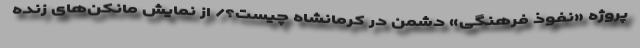
پروژه «نفوذ فرهنگی» دشمن در کرمانشاه چیست؟/ از نمایش مانکن‌های زنده